Lunatic asylums Central Provinces reports 1874-1885 - 1874-1885
Year: 1874
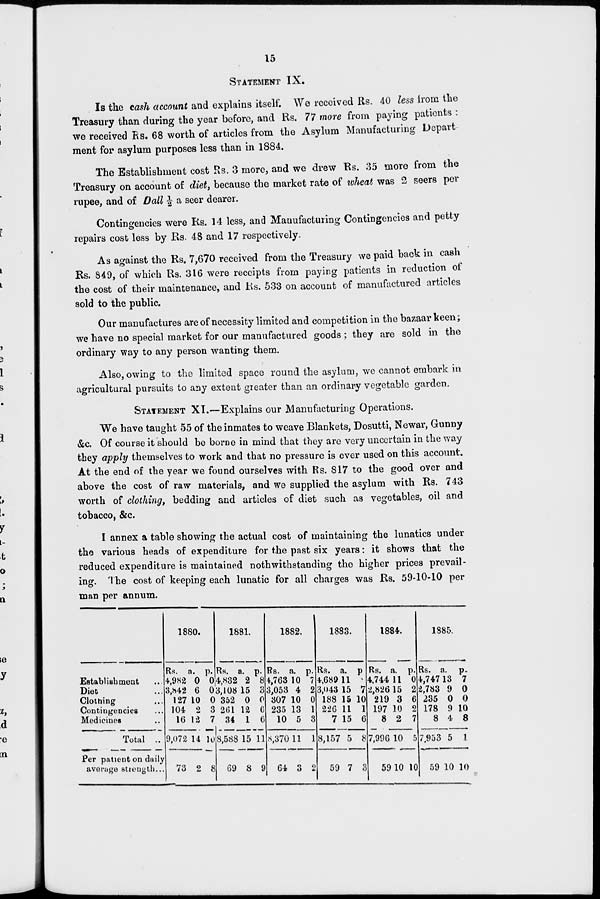
15
STATEMENT IX.
Is the cash account and explains itself. We received Rs. 40 less from the
Treasury than during the year before, and Rs. 77 more from paying patients :
we received Rs. 68 worth of articles from the Asylum Manufacturing Depart-
ment for asylum purposes less than in 1884.
The Establishment cost Rs. 3 more, and we drew Rs. 35 more from the
Treasury on account of diet, because the market rate of wheat was 2 seers per
rupee, and of Dall ½ a seer dearer.
Contingencies were Rs. 14 less, and Manufacturing Contingencies and petty
repairs cost less by Rs. 48 and 17 respectively.
As against the Rs. 7,670 received from the Treasury we paid back in cash
Rs. 849, of which Rs. 316 were receipts from paying patients in reduction of
the cost of their maintenance, and Rs. 533 on account of manufactured articles
sold to the public.
Our manufactures are of necessity limited and competition in the bazaar keen;
we have no special market for our manufactured goods ; they are sold in the
ordinary way to any person wanting them.
Also, owing to the limited space round the asylum, we cannot embark in
agricultural pursuits to any extent greater than an ordinary vegetable garden.
STATEMENT XI.—Explains our Manufacturing Operations.
We have taught 55 of the inmates to weave Blankets, Dosutti, Newar, Gunny
&c. Of course it should be borne in mind that they are very uncertain in the way
they apply themselves to work and that no pressure is ever used on this account.
At the end of the year we found ourselves with Rs. 817 to the good over and
above the cost of raw materials, and we supplied the asylum with Rs. 743
worth of clothing, bedding and articles of diet such as vegetables, oil and
tobacco, &c.
I annex a table showing the actual cost of maintaining the lunatics under
the various heads of expenditure for the past six years: it shows that the
reduced expenditure is maintained noth withstanding the higher prices prevail-
ing. The cost of keeping each lunatic for all charges was Rs. 59-10-10 per
man per annum.
Establishment ...
Diet ...
Clothing ...
Contingencies ...
Medicines ...
Total ...
Per patient on daily
average strength...
1880.
Rs.
4,982
3,842
127
104
16
9,072
73
a.
0
6
10
2
12
14
2
p.
0
0
0
3
7
10
8
1881.
Rs.
4,832
3,108
352
261
34
8,588
69
a.
2
15
0
12
1
15
8
p.
8
3
0
6
6
11
9
1882.
Rs.
4,763
3,053
307
235
10
8,370
64
a.
10
4
10
13
5
11
3
p.
7
2
0
1
3
1
2
1883.
Rs.
4,689
3,043
188
226
7
8,157
59
a.
11
15
15
11
15
5
7
p.
7
7
10
1
6
8
3
1884.
Rs.
4,744
2,826
219
197
8
7,996
59
a.
11
15
3
10
2
10
10
p.
0
2
6
2
7
5
10
1885.
Rs.
4,747
2,783
235
178
8
7,953
59
a.
13
9
0
9
4
5
10
p.
7
0
0
10
8
1
10